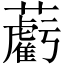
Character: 𧃷